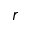
r